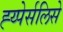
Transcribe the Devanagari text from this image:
ह्य्पेर्सलिसे